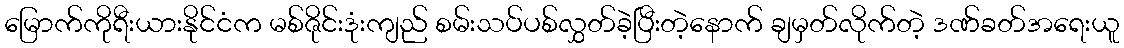
မြောက်ကိုရီးယားနိုင်ငံက မစ်ဇိုင်းဒုံးကျည် စမ်းသပ်ပစ်လွှတ်ခဲ့ပြီးတဲ့နောက် ချမှတ်လိုက်တဲ့ ဒဏ်ခတ်အရေးယူ